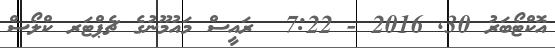
އޮކްޓޯބަރު 30